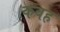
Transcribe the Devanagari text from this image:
कवह